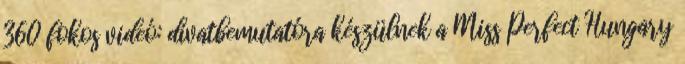
360 fokos videó: divatbemutatóra készülnek a Miss Perfect Hungary